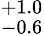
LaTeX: ^{+1.0}_{-0.6}